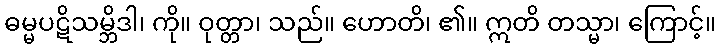
ဓမ္မပဋိသမ္ဘိဒါ၊ ကို။ ဝုတ္တာ၊ သည်။ ဟောတိ၊ ၏။ ဣတိ တသ္မာ၊ ကြောင့်။